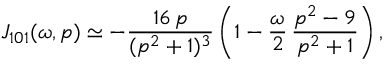
{ \cal J } _ { 1 0 1 } ( \omega , p ) \simeq - \frac { 1 6 \, p } { ( p ^ { 2 } + 1 ) ^ { 3 } } \left( 1 - \frac { \omega } { 2 } \, \frac { p ^ { 2 } - 9 } { p ^ { 2 } + 1 } \right) ,